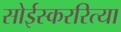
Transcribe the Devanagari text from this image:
सोईस्कररित्या